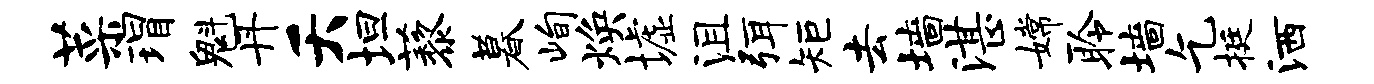
菜瑁魁丹夭坦藜暮峋焕墟沮弭矩去墙湛嫦聆墙乞挺洒